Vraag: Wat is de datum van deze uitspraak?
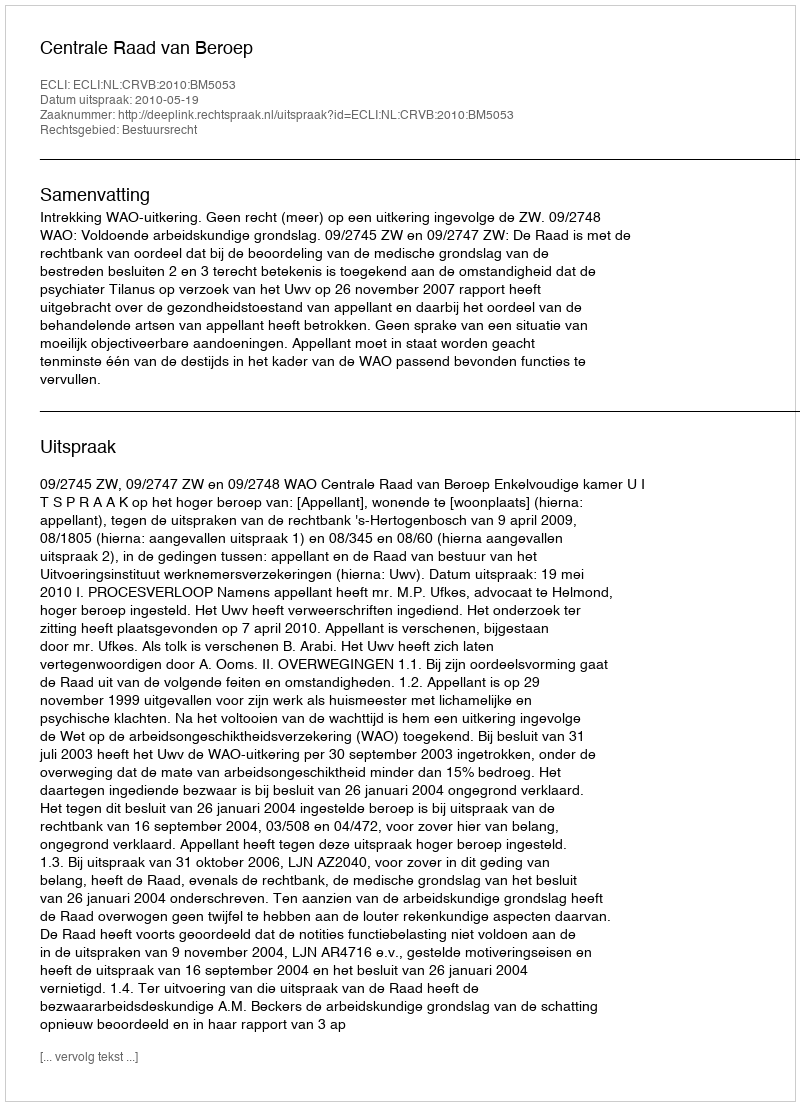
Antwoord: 2010-05-19